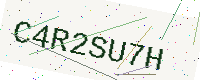
Text: C4R2SU7H